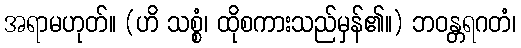
အရာမဟုတ်။ (ဟိ သစ္စံ၊ ထိုစကားသည်မှန်၏။) ဘဝန္တရဂတံ၊